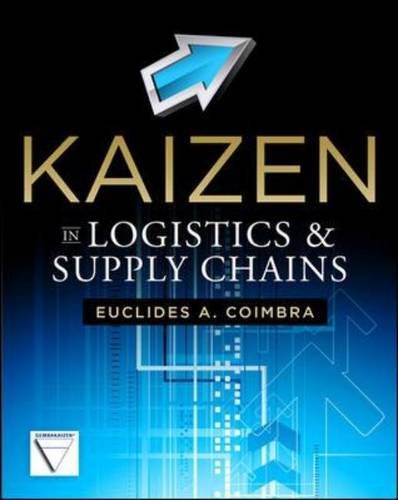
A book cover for Kaizen in Logistics and Supply Chains; Euclides Coimbra; Business & Money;